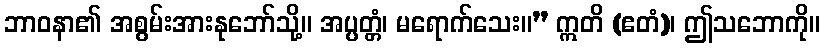
ဘာဝနာ၏ အစွမ်းအားနုဘော်သို့။ အပ္ပတ္တံ၊ မရောက်သေး။” ဣတိ (ဧတံ)၊ ဤသဘောကို။